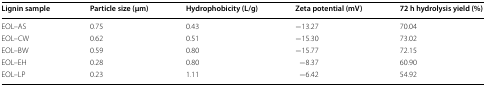
<table><thead><tr><td><b>Lignin sample</b></td><td><b>Particle size (μm)</b></td><td><b>Hydrophobicity (L/g)</b></td><td><b>Zeta potential (mV)</b></td><td><b>72 h hydrolysis yield (%)</b></td></tr></thead><tbody><tr><td>EOL–AS</td><td>0.75</td><td>0.43</td><td>−13.27</td><td>70.04</td></tr><tr><td>EOL–CW</td><td>0.62</td><td>0.51</td><td>−15.30</td><td>73.02</td></tr><tr><td>EOL–BW</td><td>0.59</td><td>0.80</td><td>−15.77</td><td>72.15</td></tr><tr><td>EOL–EH</td><td>0.28</td><td>0.80</td><td>−8.37</td><td>60.90</td></tr><tr><td>EOL–LP</td><td>0.23</td><td>1.11</td><td>−6.42</td><td>54.92</td></tr></tbody></table>